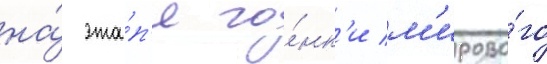
на́ эта́п'е го́нк'и м'ирово́го